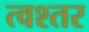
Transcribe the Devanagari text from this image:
त्वश्तर